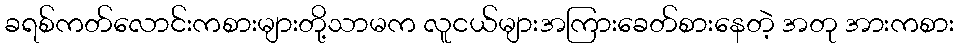
ခရစ်ကတ်လောင်းကစားများတို့သာမက လူငယ်များအကြားခေတ်စားနေတဲ့ အတု အားကစား